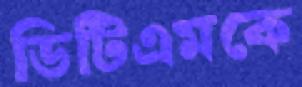
ডিটিএমকে